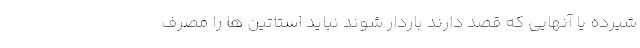
شیرده یا آنهایی که قصد دارند باردار شوند نباید استاتین ها را مصرف